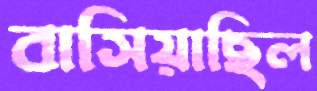
বাসিয়াছিল